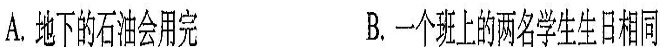
A.地下的石油会用完B.一个班上的两名学生生日相同